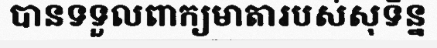
បានទទួលពាក្យមាតារបស់សុទិន្ន